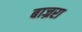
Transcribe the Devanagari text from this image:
बाज्ररा